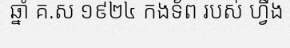
ឆ្នាំ គ.ស ១៩២៤ កងទ័ព របស់ ហ្វឺង